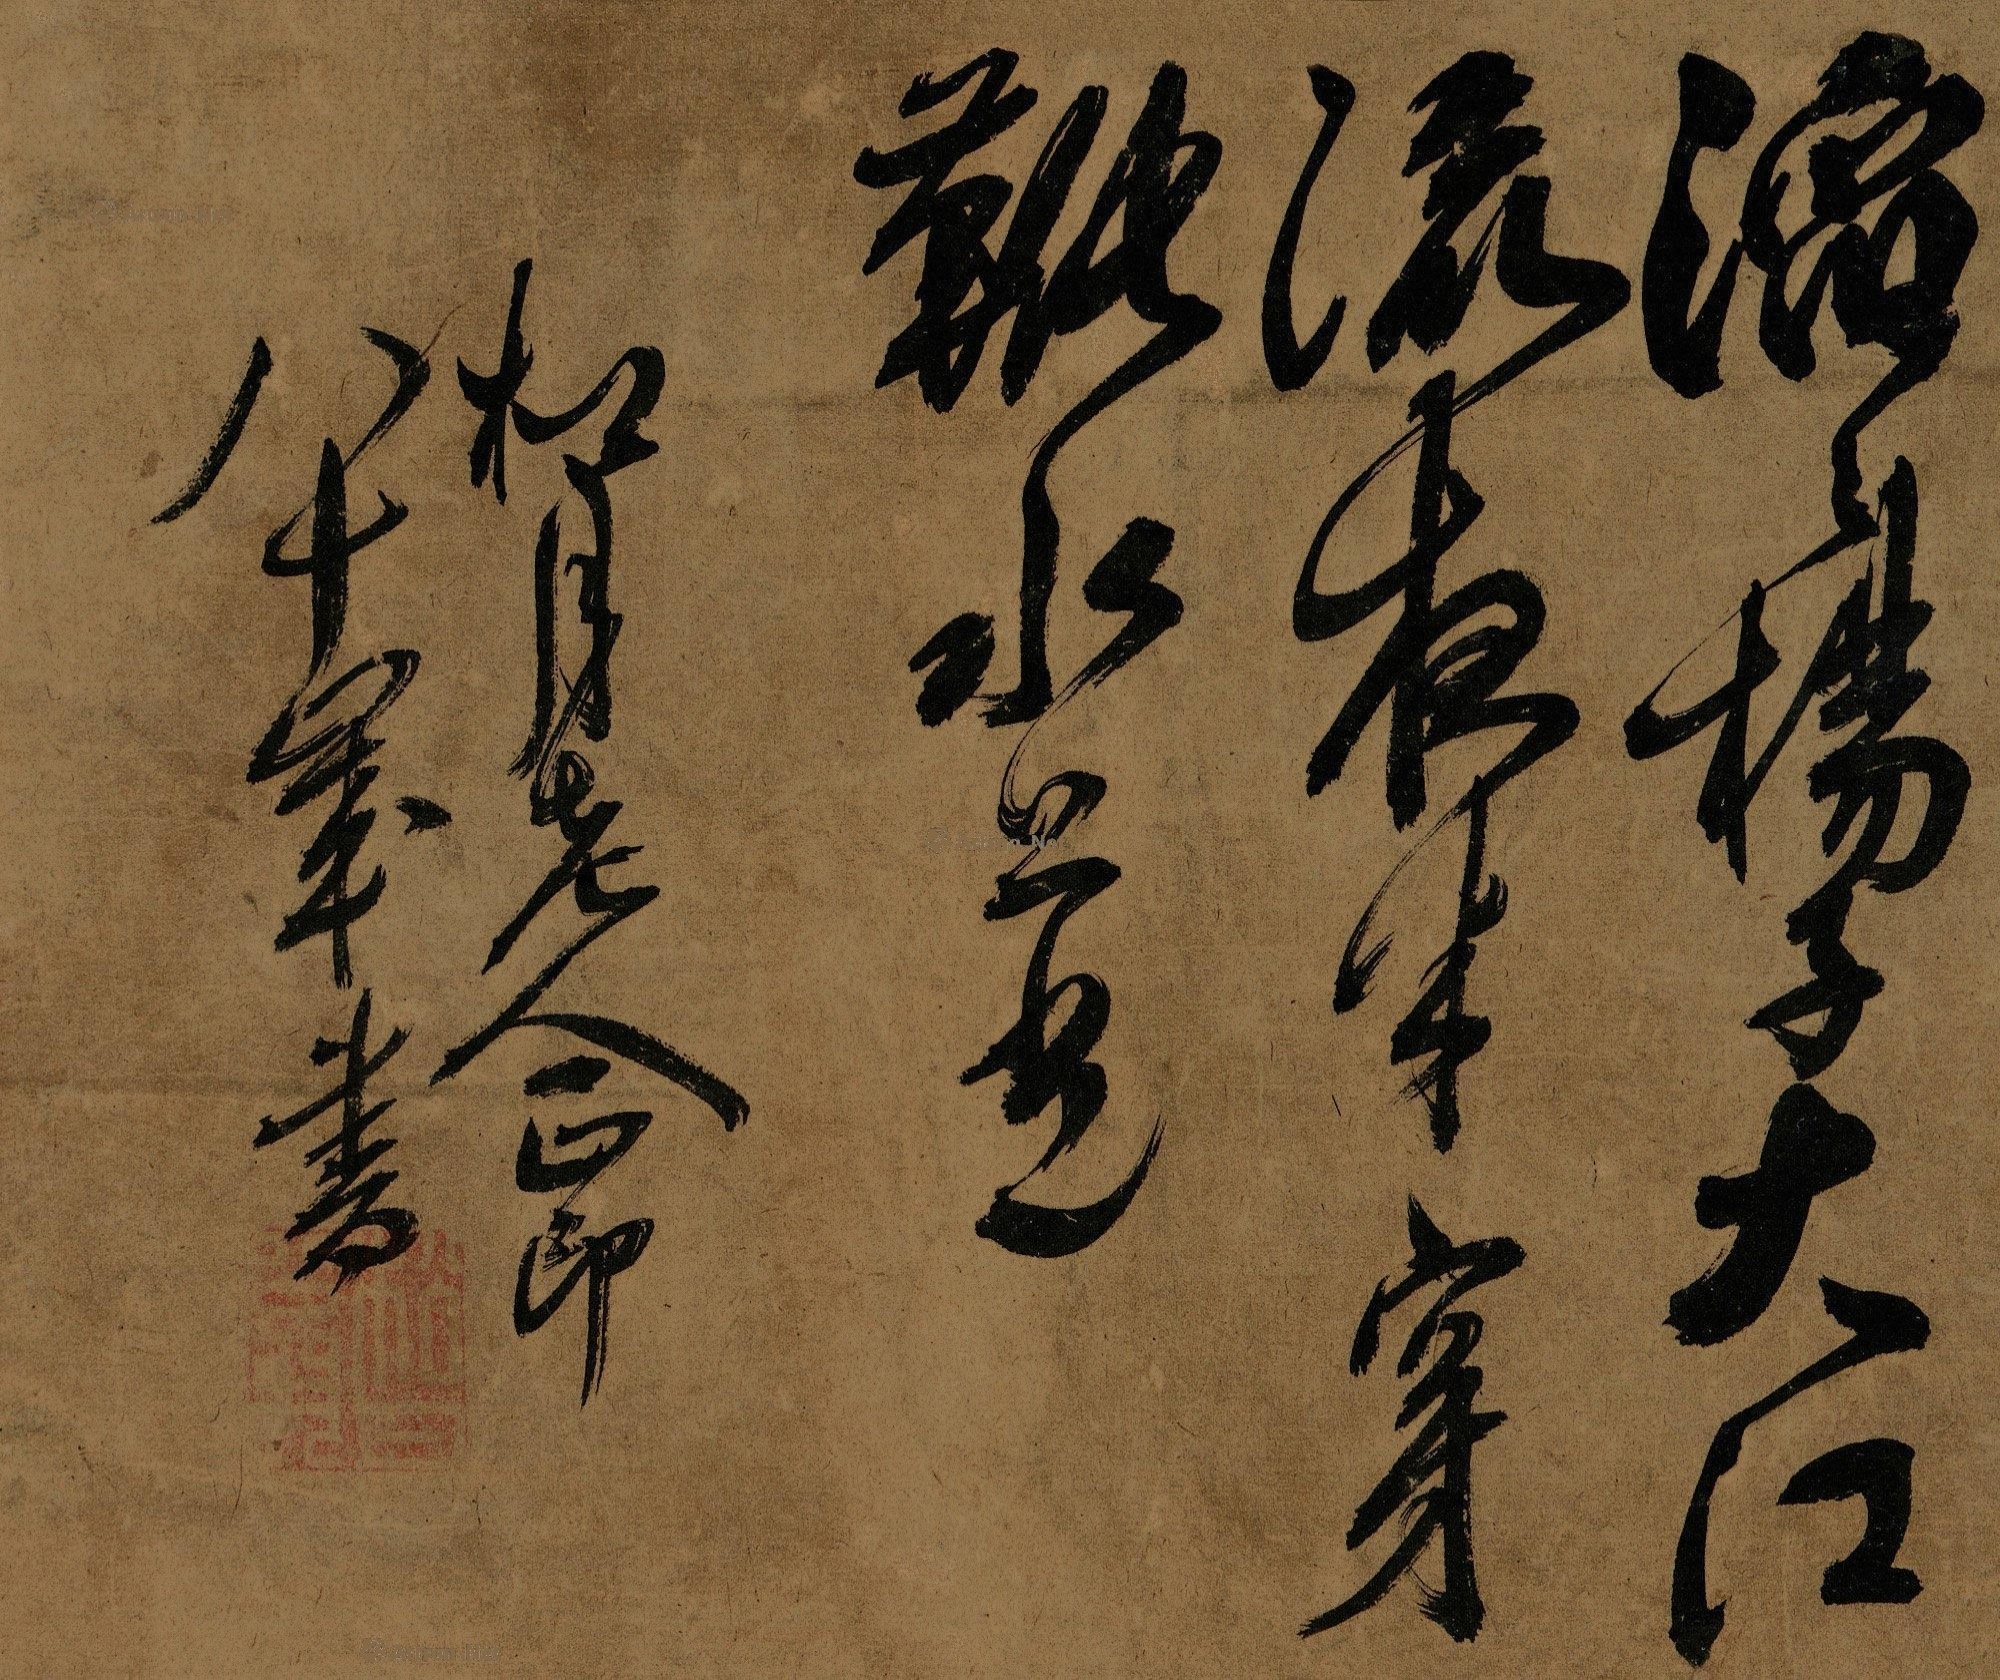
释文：滔滔扬子大江流，夜半穿靴水上立。松月老人正印八十岁书。